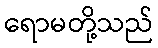
ရောမတို့သည်